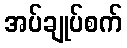
အပ်ချုပ်စက်